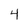
Character: 4